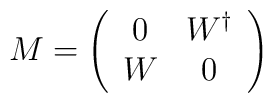
M=\left(\begin{array}{cc}0&W^\dagger\\W&0\end{array}\right)